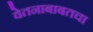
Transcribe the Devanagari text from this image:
वेतनाबाबतचा